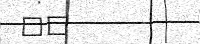
١٧